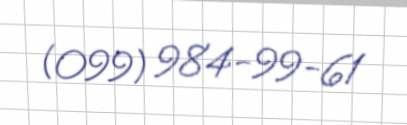
(099) 984-99-61